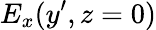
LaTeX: E_{x}(y^{\prime},z=0)